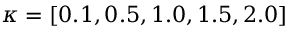
\kappa = [ 0 . 1 , 0 . 5 , 1 . 0 , 1 . 5 , 2 . 0 ]